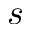
s